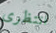
انتظرى